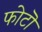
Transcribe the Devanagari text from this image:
फोटॊ